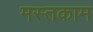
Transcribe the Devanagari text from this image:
मस्तकाम